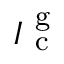
I _ { \mathrm { ~ c ~ } } ^ { \mathrm { ~ g ~ } }